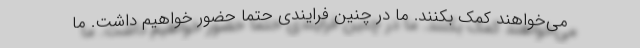
می‌خواهند کمک بکنند. ما در چنین فرایندی حتماً حضور خواهیم داشت. ما